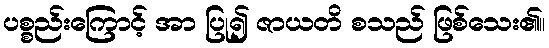
ပစ္စည်းကြောင့် အာ ပြု၍ ဇာယတိ စသည် ဖြစ်သေး၏။